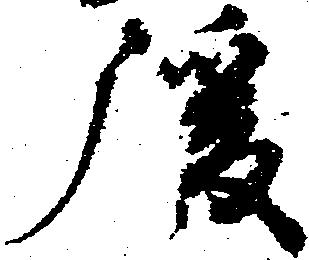
後